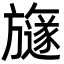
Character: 旞